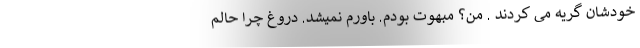
خودشان گریه می کردند . من؟ مبهوت بودم. باورم نمیشد. دروغ چرا حالم